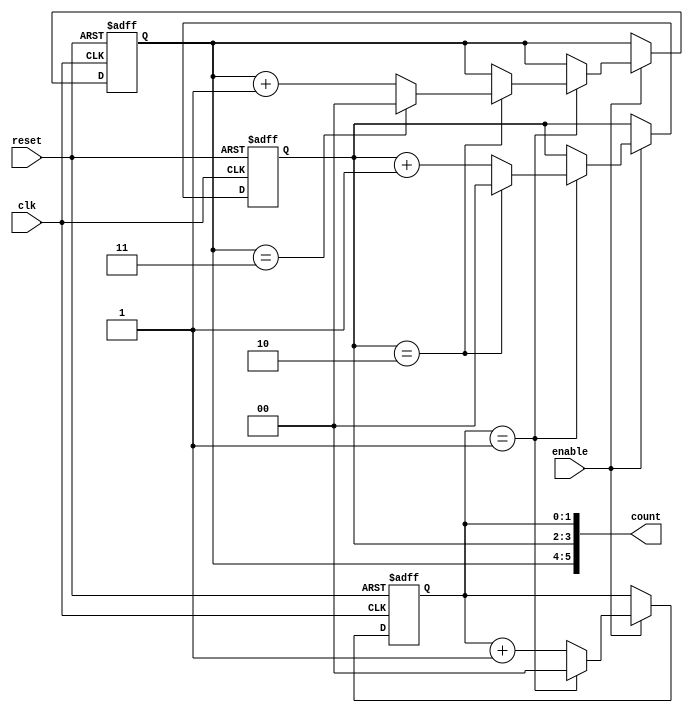
module mixed_radix_counter (
    input wire clk,               // Clock input
    input wire reset,             // Asynchronous reset
    input wire enable,            // Enable signal
    output reg [5:0] count        // Output count, adjust width as needed
);

    // Radix configuration for each digit
    parameter RADIX_1 = 2;       // Base 2
    parameter RADIX_2 = 3;       // Base 3
    parameter RADIX_3 = 4;       // Base 4

    // Maximum counts for each digit
    localparam MAX_1 = RADIX_1 - 1; // Max for digit 1
    localparam MAX_2 = RADIX_2 - 1; // Max for digit 2
    localparam MAX_3 = RADIX_3 - 1; // Max for digit 3

    // Internal registers for each digit
    reg [1:0] digit1; // 2 bits for base 2
    reg [1:0] digit2; // 2 bits for base 3
    reg [1:0] digit3; // 2 bits for base 4

    always @(posedge clk or posedge reset) begin
        if (reset) begin
            // Reset all digits to 0
            digit1 <= 0;
            digit2 <= 0;
            digit3 <= 0;
        end else if (enable) begin
            // Counting logic
            if (digit1 == MAX_1) begin
                digit1 <= 0; // Reset digit1
                if (digit2 == MAX_2) begin
                    digit2 <= 0; // Reset digit2
                    if (digit3 == MAX_3) begin
                        digit3 <= 0; // Reset digit3
                    end else begin
                        digit3 <= digit3 + 1; // Increment digit3
                    end
                end else begin
                    digit2 <= digit2 + 1; // Increment digit2
                end
            end else begin
                digit1 <= digit1 + 1; // Increment digit1
            end
        end
    end

    // Combine digits into a single output count
    always @* begin
        count = {digit3, digit2, digit1}; // Concatenate digits for output
    end

endmodule